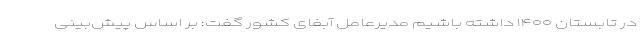
در تابستان ۱۴۰۰ داشته باشیم مدیرعامل آبفای کشور گفت: بر اساس پیش‌بینی